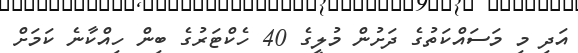
އަދި މި މަސައްކަތުގެ ދަށުން މުލީގެ 40 ހެކްޓަރުގެ ބިން ހިއްކާނެ ކަމަށް